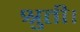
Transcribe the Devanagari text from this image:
श्रुती।